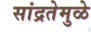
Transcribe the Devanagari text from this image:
सांद्रतेमुळे